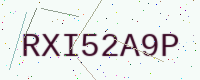
Text: RXI52A9P